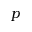
p